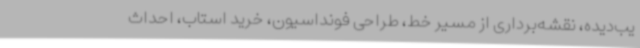
یب‌دیده، نقشه‌برداری از مسیر خط، طراحی فونداسیون، خرید استاب، احداث